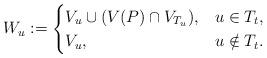
LaTeX: \begin{align*} W_u := \begin{cases} V_u \cup (V(P) \cap V_{T_u} ), & u \in T_t, \\ V_u, & u \notin T_t. \\ \end{cases} \end{align*}